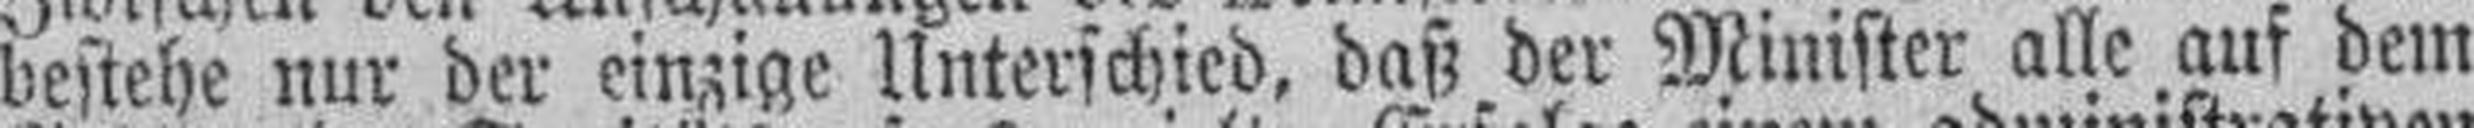
bestehe nur der einzige Unterschied, daß der Minister alle auf dem